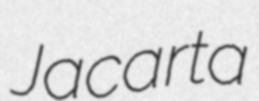
Jacarta